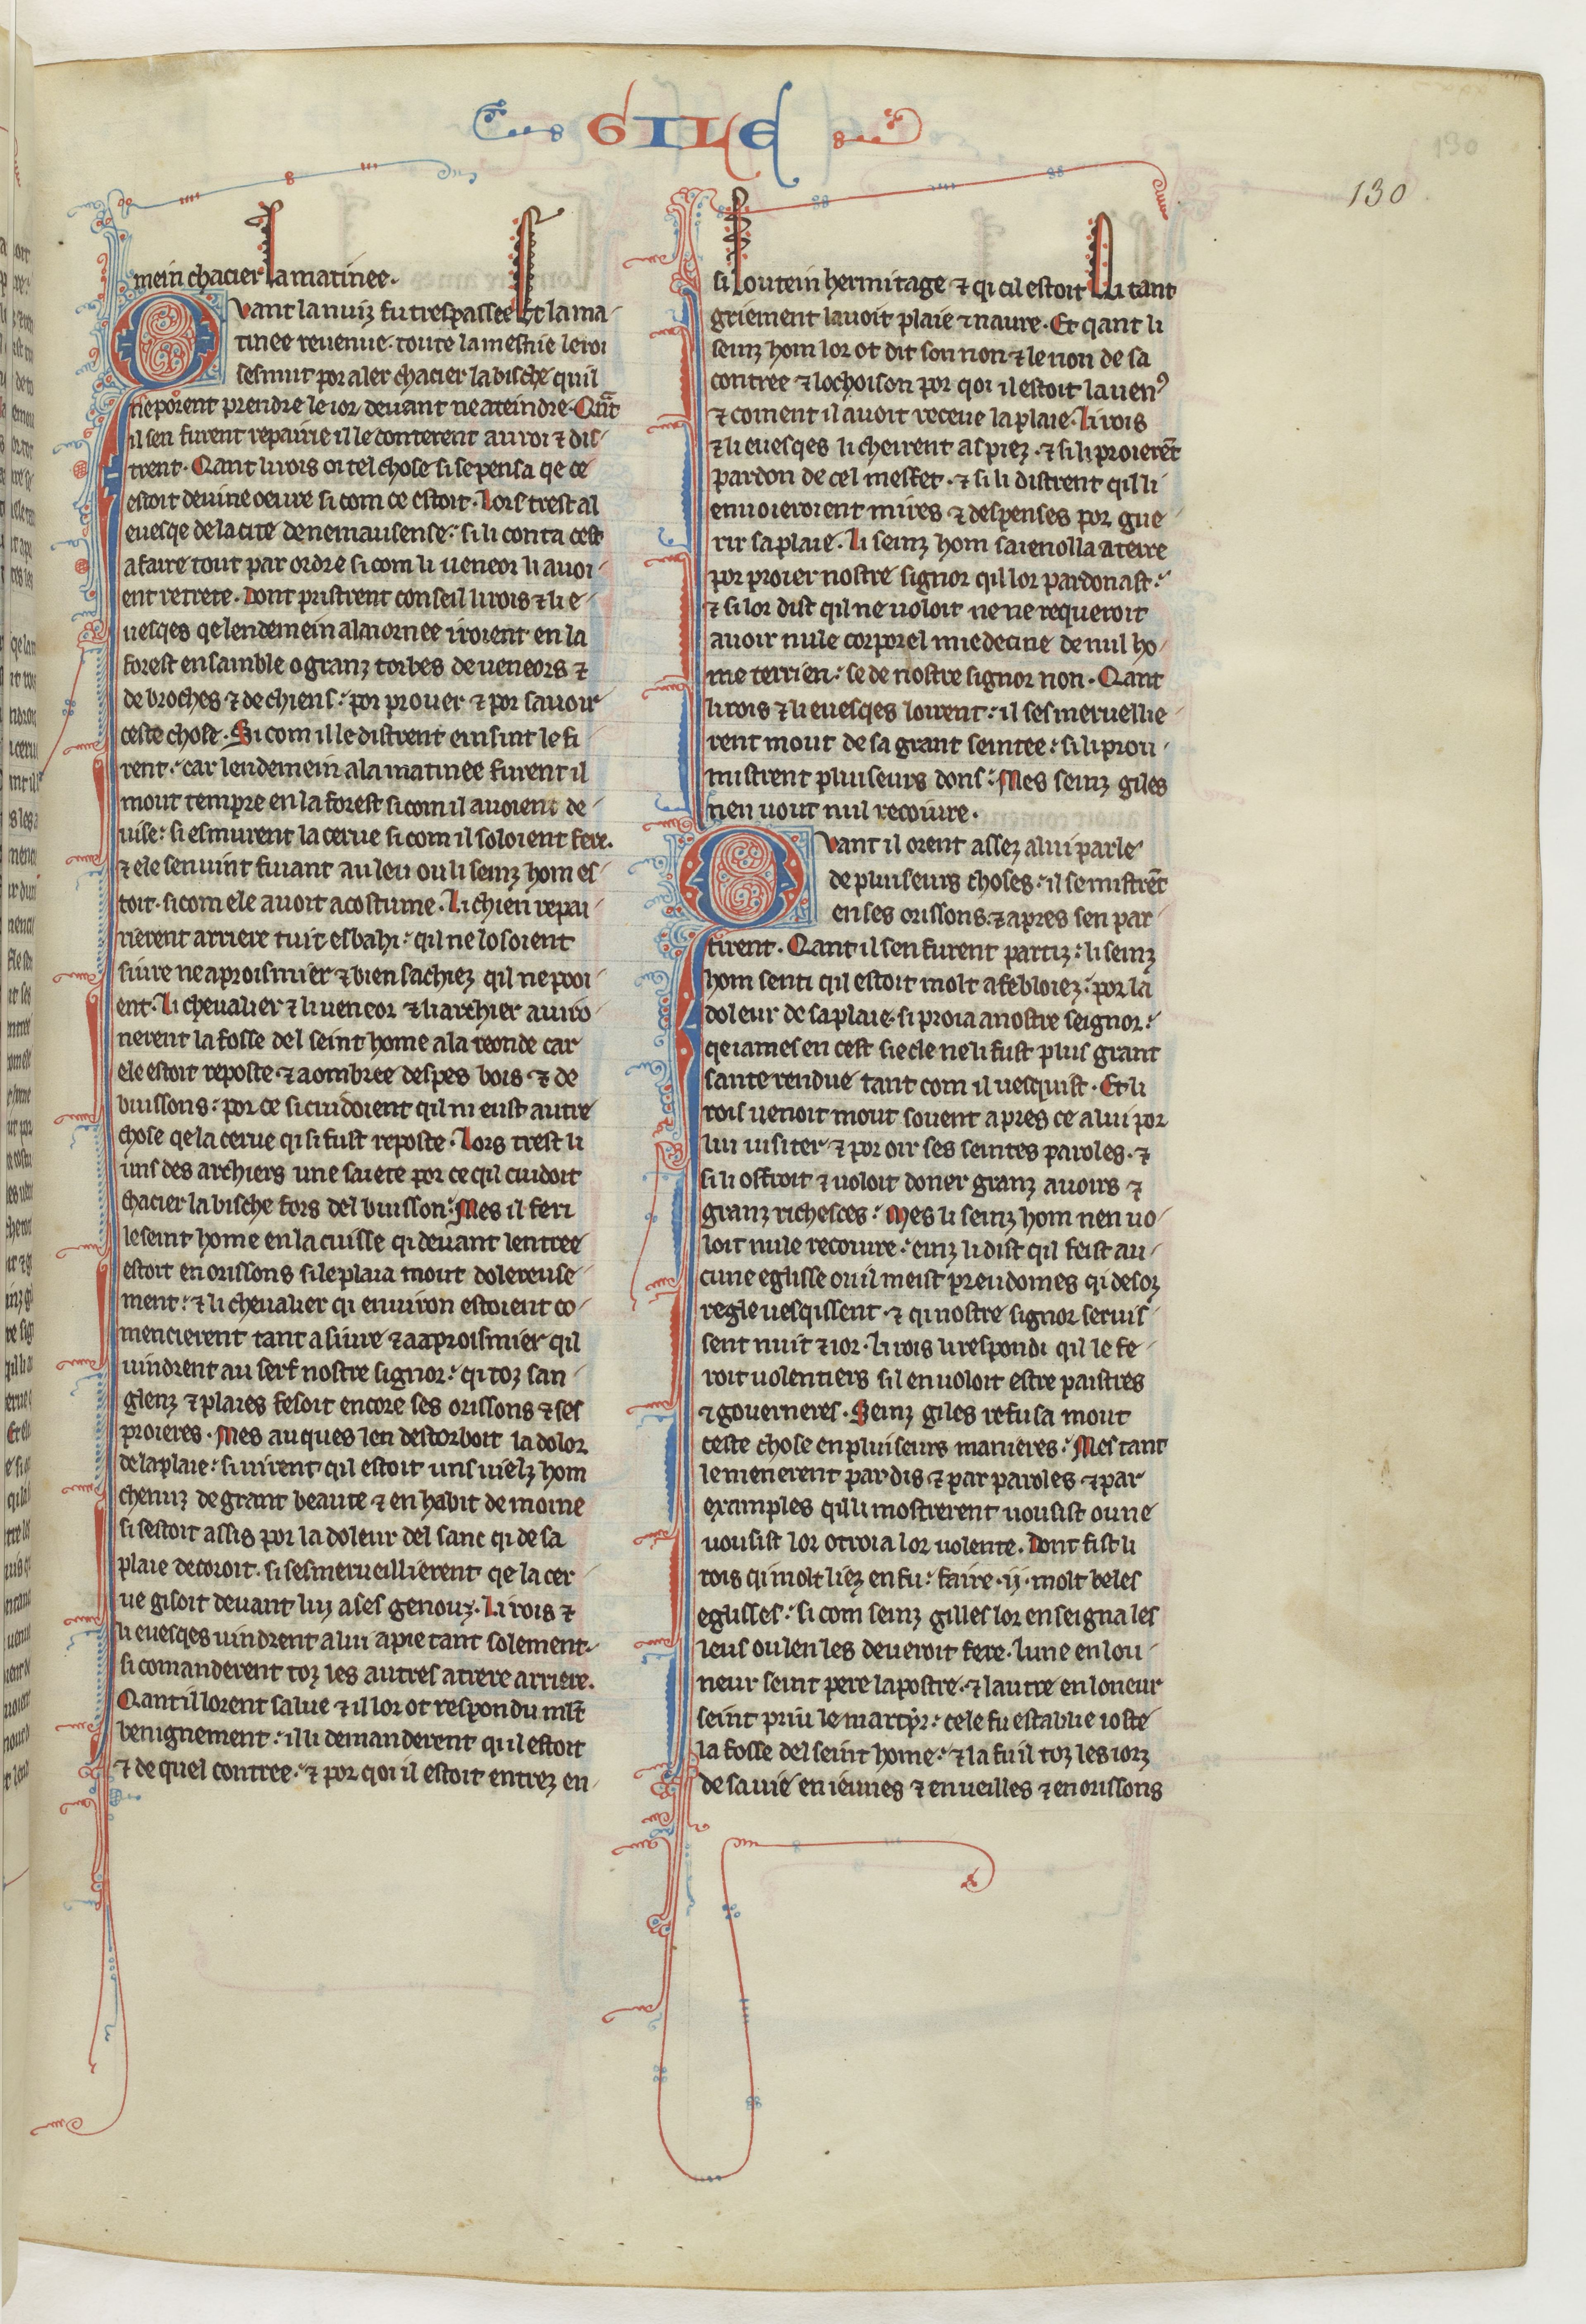
Shelfmark: Paris, BnF, fr. 412
Century: 13